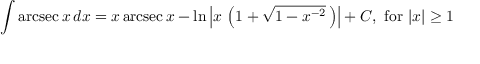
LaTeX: \int \operatorname { a r c s e c } { x } \, d x = x \operatorname { a r c s e c } { x } - \ln \left\vert x \, \left( 1 + { \sqrt { 1 - x ^ { - 2 } } } \, \right) \right\vert + C , { \mathrm { ~ f o r ~ } } \vert x \vert \geq 1